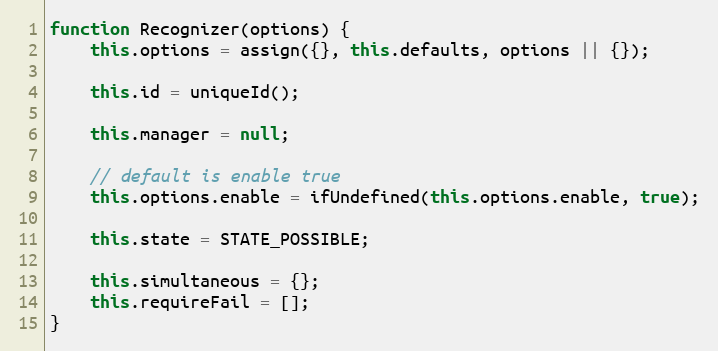
Language: JavaScript
function Recognizer(options) {
    this.options = assign({}, this.defaults, options || {});

    this.id = uniqueId();

    this.manager = null;

    // default is enable true
    this.options.enable = ifUndefined(this.options.enable, true);

    this.state = STATE_POSSIBLE;

    this.simultaneous = {};
    this.requireFail = [];
}